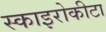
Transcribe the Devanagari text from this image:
स्काइरोकीटा